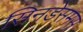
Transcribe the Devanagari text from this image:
सिनडेसमस